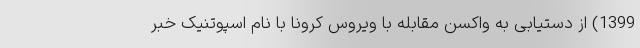
1399) از دستیابی به واکسن مقابله با ویروس کرونا با نام اسپوتنیک خبر